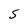
Character: S